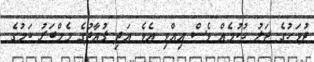
ދުވަހުގެ ޖަލު ހުކުމެއް ވެސް އިއްވި އެވެ. އަދި ފުއާދުގެ މެމްބަރު ކަމުގެ